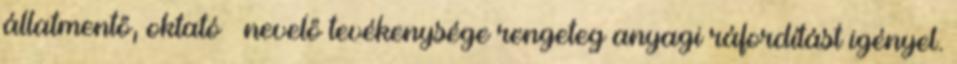
állatmentő, oktató nevelő tevékenysége rengeteg anyagi ráfordítást igényel.